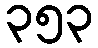
၃၅၃